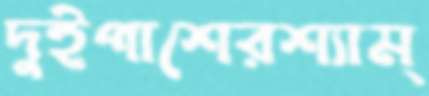
দুইপাশেরশ্যাম্